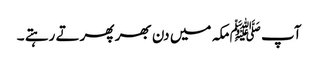
آپ ﷺمکہ میں دن بھر پھرتے رہتے ۔